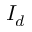
I _ { d }